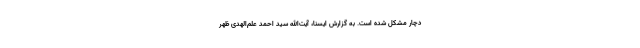
دچار مشکل شده است. به گزارش ایسنا، آیت‌الله سید احمد علم‌الهدی ظهر